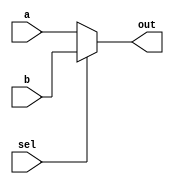
module top_module( 
    input [99:0] a, b,
    input sel,
    output [99:0] out );
    always@(sel)
        begin
            if(sel==0)
                out[99:0]=a[99:0];
            else
                out[99:0]=b[99:0];
        end
endmodule